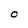
Character: 0